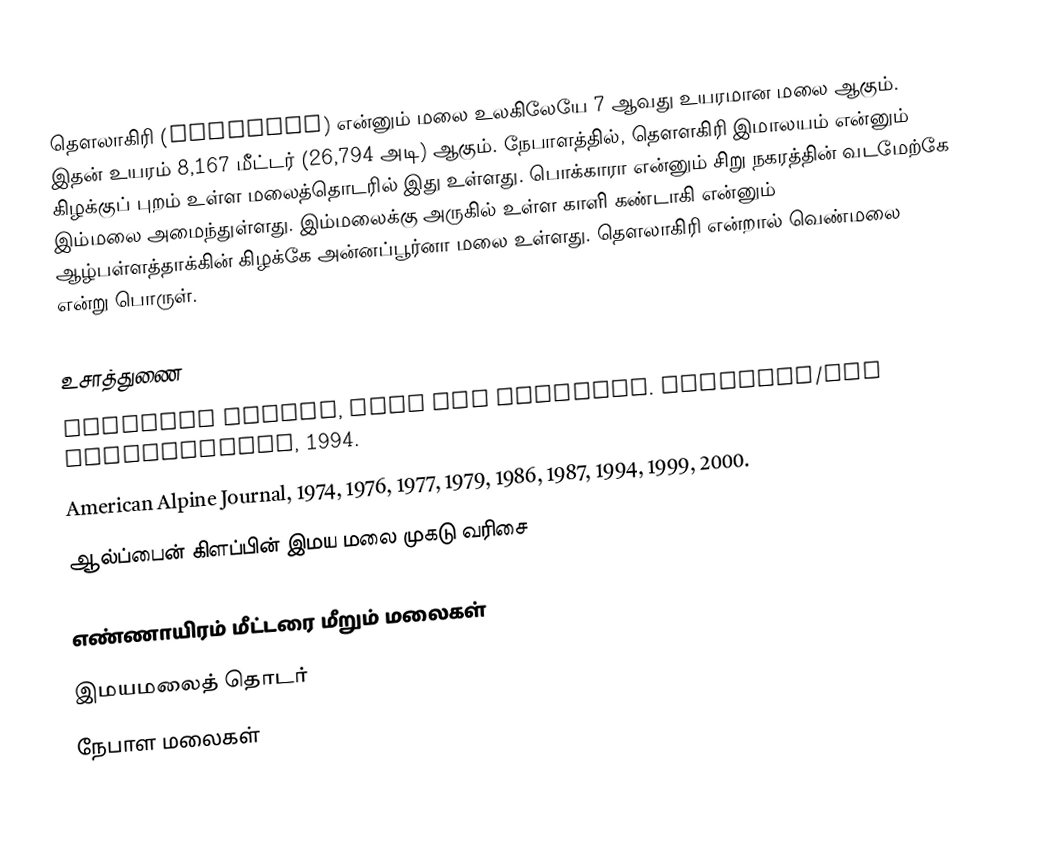
தௌலாகிரி (धौलागिरी) என்னும் மலை உலகிலேயே 7 ஆவது உயரமான மலை ஆகும். இதன் உயரம் 8,167 மீட்டர் (26,794 அடி) ஆகும். நேபாளத்தில், தௌளகிரி இமாலயம் என்னும் கிழக்குப் புறம் உள்ள மலைத்தொடரில் இது உள்ளது. பொக்காரா என்னும் சிறு நகரத்தின் வடமேற்கே இம்மலை அமைந்துள்ளது. இம்மலைக்கு அருகில் உள்ள காளி கண்டாகி என்னும் ஆழ்பள்ளத்தாக்கின் கிழக்கே அன்னப்பூர்னா மலை உள்ளது. தௌலாகிரி என்றால் வெண்மலை என்று பொருள்.

உசாத்துணை
 Koichiro Ohmori, Over the Himalaya. Cloudcap/The Mountaineers, 1994.
 American Alpine Journal, 1974, 1976, 1977, 1979, 1986, 1987, 1994, 1999, 2000.
 ஆல்ப்பைன் கிளப்பின் இமய மலை முகடு வரிசை

எண்ணாயிரம் மீட்டரை மீறும் மலைகள்
இமயமலைத் தொடர்
நேபாள மலைகள்